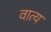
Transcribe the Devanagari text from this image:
वात्य